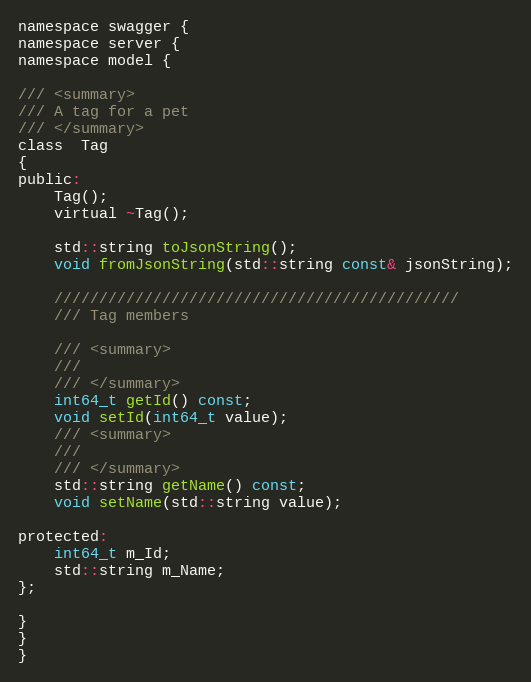
Language: C
namespace swagger {
namespace server {
namespace model {

/// <summary>
/// A tag for a pet
/// </summary>
class  Tag
{
public:
    Tag();
    virtual ~Tag();

    std::string toJsonString();
    void fromJsonString(std::string const& jsonString);

    /////////////////////////////////////////////
    /// Tag members

    /// <summary>
    ///
    /// </summary>
    int64_t getId() const;
    void setId(int64_t value);
    /// <summary>
    ///
    /// </summary>
    std::string getName() const;
    void setName(std::string value);

protected:
    int64_t m_Id;
    std::string m_Name;
};

}
}
}